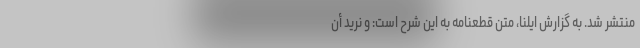
منتشر شد. به گزارش ایلنا، متن قطعنامه به این شرح است: وَ نُرِیدُ أَن